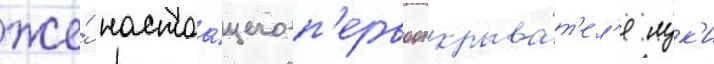
же́ настоа́щего п'ервооткрыва́т'ел'я лук'и